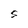
Character: S